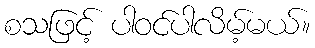
စသဖြင့် ပါဝင်ပါလိမ့်မယ်။